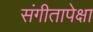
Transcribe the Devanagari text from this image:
संगीतापेक्षा